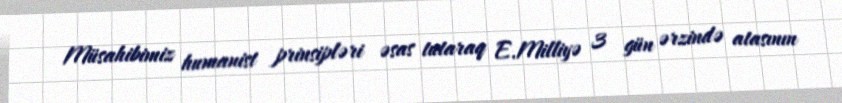
Müsahibimiz humanist prinsipləri əsas tutaraq E.Milliyə 3 gün ərzində atasının